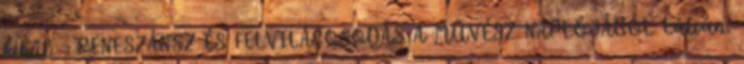
kihűl. . RENESZÁNSZ ÉS FELVILÁGOSODÁS A MŰVÉSZ NAPLÓJÁBÓL Látván,